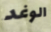
الوغد